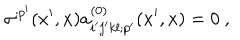
\sigma ^ { ; p ^ { \prime } } ( x ^ { \prime } , x ) a _ { i ^ { \prime } j ^ { \prime } k l ; p ^ { \prime } } ^ { ( 0 ) } ( x ^ { \prime } , x ) = 0 \ ,